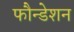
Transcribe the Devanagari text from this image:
फौन्डेशन